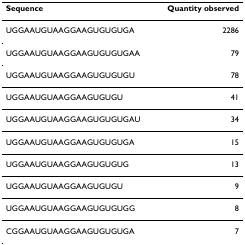
<table><thead><tr><td><b>Sequence</b></td><td><b>Quantity observed</b></td></tr></thead><tbody><tr><td>UGGAAUGUAAGGAAGUGUGUGA</td><td>2286</td></tr><tr><td>UGGAAUGUAAGGAAGUGUGUGAA</td><td>79</td></tr><tr><td>UGGAAUGUAAGGAAGUGUGUGU</td><td>78</td></tr><tr><td>UGGAAUGUAAGGAAGUGUGU</td><td>41</td></tr><tr><td>UGGAAUGUAAGGAAGUGUGUGAU</td><td>34</td></tr><tr><td>UGGAAUGUAAGGAAGUGUGUGA</td><td>15</td></tr><tr><td>UGGAAUGUAAGGAAGUGUGUG</td><td>13</td></tr><tr><td>UGGAAUGUAAGGAAGUGUGU</td><td>9</td></tr><tr><td>UGGAAUGUAAGGAAGUGUGUGG</td><td>8</td></tr><tr><td>CGGAAUGUAAGGAAGUGUGUGA</td><td>7</td></tr></tbody></table>